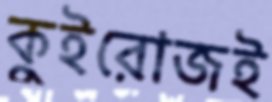
কুইরোজই